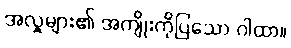
အလှူများ၏ အကျိုးကိုပြသော ဂါထာ။